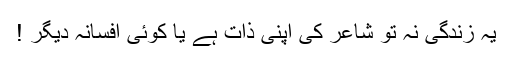
یہ زندگی نہ تو شاعر کی اپنی ذات ہے یا کوئی افسانہ دیگر !